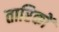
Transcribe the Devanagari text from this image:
तारिकों